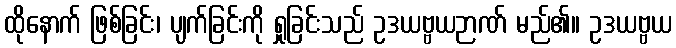
ထိုနောက် ဖြစ်ခြင်း၊ ပျက်ခြင်းကို ရှုခြင်းသည် ဥဒယဗ္ဗယဉာဏ် မည်၏။ ဥဒယဗ္ဗယ